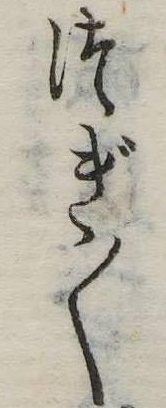
つぎ〱